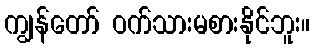
ကျွန်တော် ဝက်သားမစားနိုင်ဘူး။